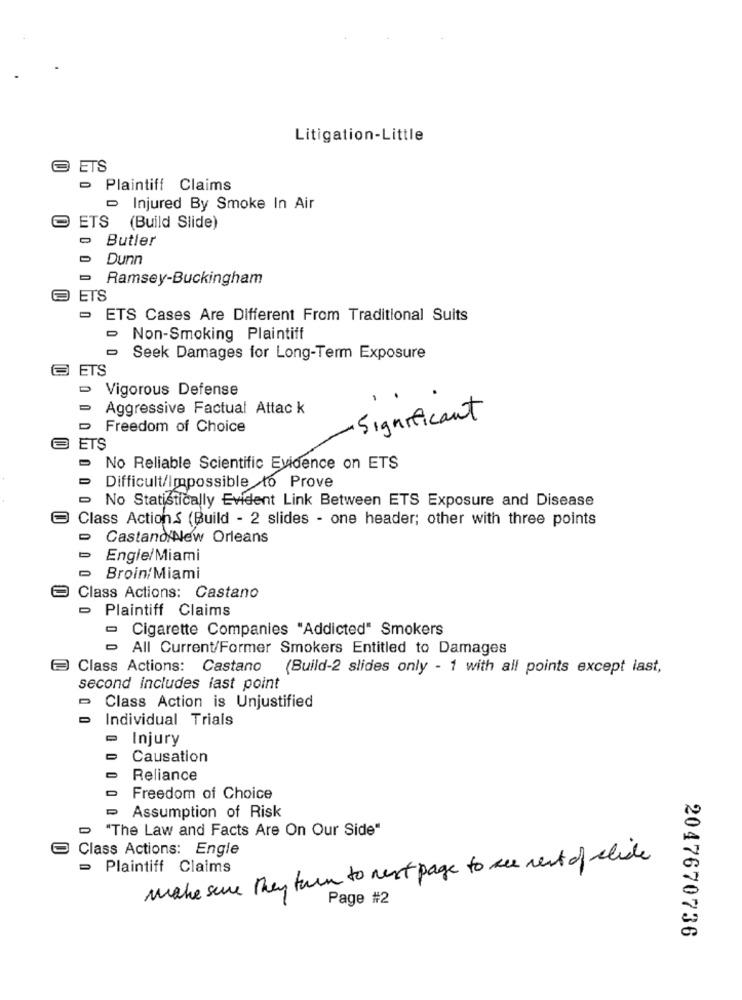
Litigation-Little
ETS
- Plaintiff Claims
- Injured By Smoke In Air
ETS (Build Slide)
Butler
Dunn
Ramsey-Buckingham
ET'S
- ETS Cases Are Different From Traditional Suits
Non-Smoking Plaintiff
Seek Damages for Long-Term Exposure
ETS
Vigorous Defense
Aggressive Factual Attac k
Significant
Freedom of Choice
ETS
No Reliable Scientific Evidence on ETS
Difficult/Impossible to Prove
- No Statistically Evident Link Between ETS Exposure and Disease
Class Actions (Build - 2 slides - one header; other with three points
Castand New Orleans
Engle/Miami
- Broin/Miami
Class Actions: Castano
- Plaintiff Claims
Cigarette Companies "Addicted" Smokers
All Current/Former Smokers Entitled to Damages
Class Actions: Castano (Build-2 slides only - 1 with all points except last,
second includes last point
- Class Action is Unjustified
Individual Trials
Injury
Causation
Reliance
Freedom of Choice
Assumption of Risk
"The Law and Facts Are On Our Side"
Class Actions: Engle
make sure they turn to next page to see rest of elide
Plaintiff Claims
Page #2
2047670736